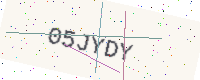
Text: 05JYDY